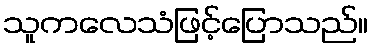
သူကလေသံဖြင့်ပြောသည်။